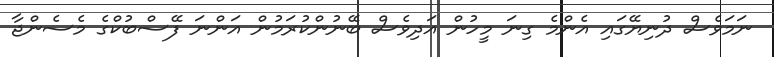
ނަމަވެސް ދުނިޔޭގައި އެންމެ ގިނަ މީހުން އަދިވެސް ބޭނުންކުރަމުން އަންނަ ފޭސްބުކްގެ މެސެންޖާ